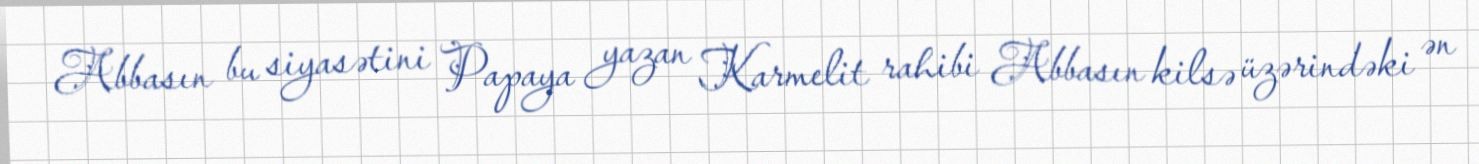
Abbasın bu siyasətini Papaya yazan Karmelit rahibi Abbasın kilsə üzərindəki ən